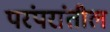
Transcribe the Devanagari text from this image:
परंपरांतील